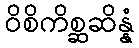
ဝိစိကိစ္ဆဆိန္နံ